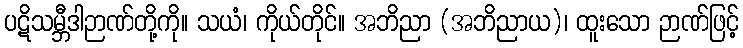
ပဋိသမ္ဘီဒါဉာဏ်တို့ကို။ သယံ၊ ကိုယ်တိုင်။ အဘိညာ (အဘိညာယ)၊ ထူးသော ဉာဏ်ဖြင့်